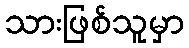
သားဖြစ်သူမှာ